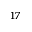
^ { 1 7 }